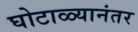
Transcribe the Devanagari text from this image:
घोटाळ्यानंतर